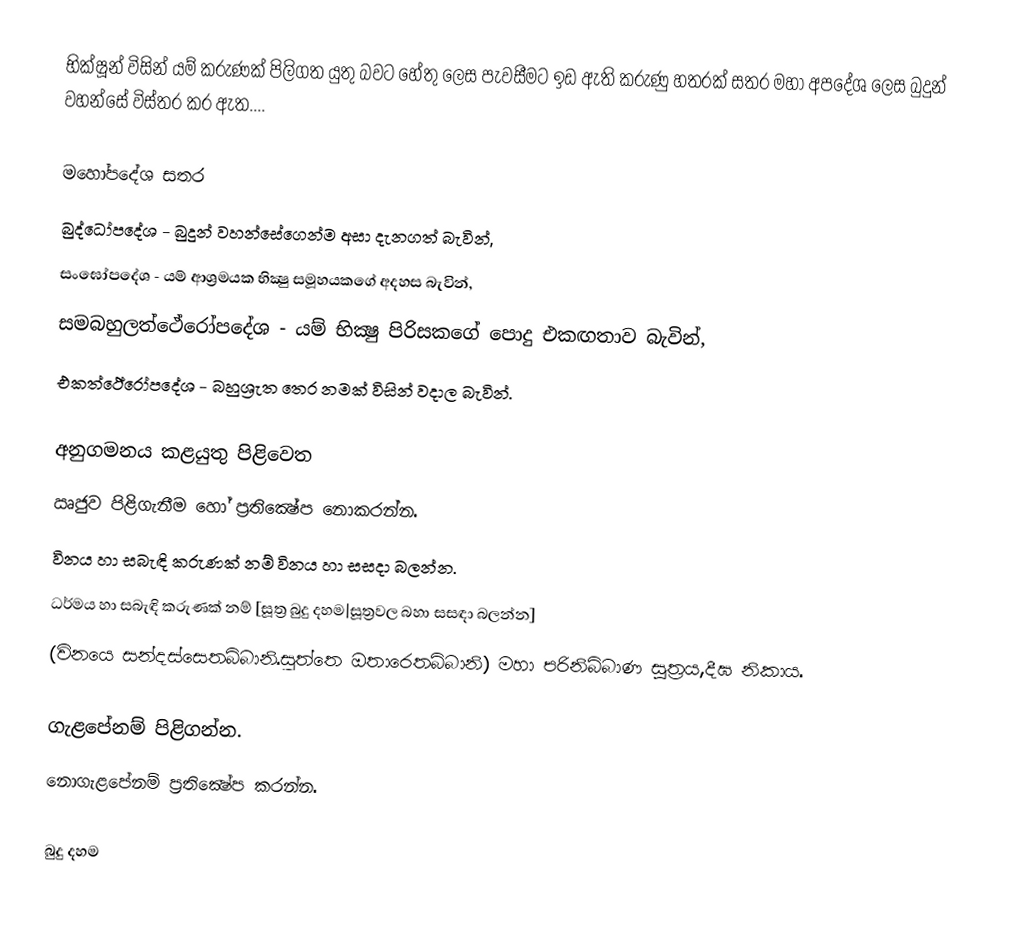
භික්ෂූන් විසින් යම් කරුණක් පිලිගත යුතු බවට හේතු ලෙස පැවසීමට ඉඩ ඇති කරුණු හතරක් සතර මහා අපදේශ ලෙස බුදුන් වහන්සේ විස්තර කර ඇත....

මහෝපදේශ සතර
 බුද්ධෝපදේශ - බුදුන් වහන්සේගෙන්ම අසා දැනගත් බැවින්,
 සංඝෝපදේශ - යම් ආශ්‍රමයක භික්‍ෂු සමූහයකගේ අදහස බැවින්,
 සමබහුලත්ථේරෝපදේශ - යම් භික්‍ෂු පිරිසකගේ පොදු එකඟතාව බැවින්,
 එකත්ථේරෝපදේශ - බහුශ්‍රැත තෙර නමක් විසින් වදාල බැවින්.

අනුගමනය කළයුතු පිළිවෙත
 ඍජුව පිළිගැනීම හෝ ප්‍රතික්‍ෂේප නොකරන්න.
 විනය හා සබැඳි කරුණක් නම් විනය හා සසදා බලන්න.
 ධර්මය හා සබැඳි කරුණක් නම් [සූත්‍ර බුදු දහම|සූත්‍රවල බහා සසඳා බලන්න]
 (විනයෙ සන්දස්සෙතබ්බානි.සුත්තෙ ඔතාරෙතබ්බානි) මහා පරිනිබ්බාණ සූත්‍රය,දීඝ නිකාය.

 ගැළපේනම් පිළිගන්න.
 නොගැළපේනම් ප්‍රතික්‍ෂේප කරන්න.

බුදු දහම